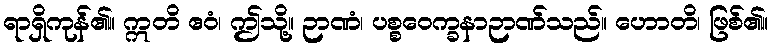
ရာရှိကုန်၏။ ဣတိ ဧဝံ၊ ဤသို့။ ဉာဏံ၊ ပစ္စဝေက္ခနာဉာဏ်သည်။ ဟောတိ၊ ဖြစ်၏။